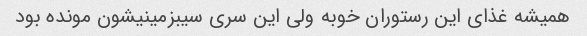
همیشه غذای این رستوران خوبه ولی این سری سیبزمینیشون مونده بود